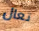
تعال